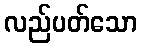
လည်ပတ်သော